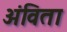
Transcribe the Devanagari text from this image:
अंविता